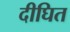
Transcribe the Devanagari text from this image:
दीघित